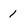
Character: 1